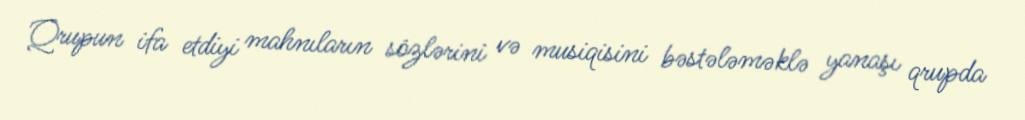
Qrupun ifa etdiyi mahnıların sözlərini və musiqisini bəstələməklə yanaşı qrupda